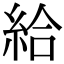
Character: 給